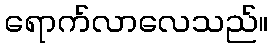
ရောက်လာလေသည်။